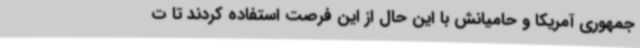
جمهوری آمریکا و حامیانش با این حال از این فرصت استفاده کردند تا ت